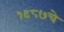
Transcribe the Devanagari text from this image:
१९८७चे